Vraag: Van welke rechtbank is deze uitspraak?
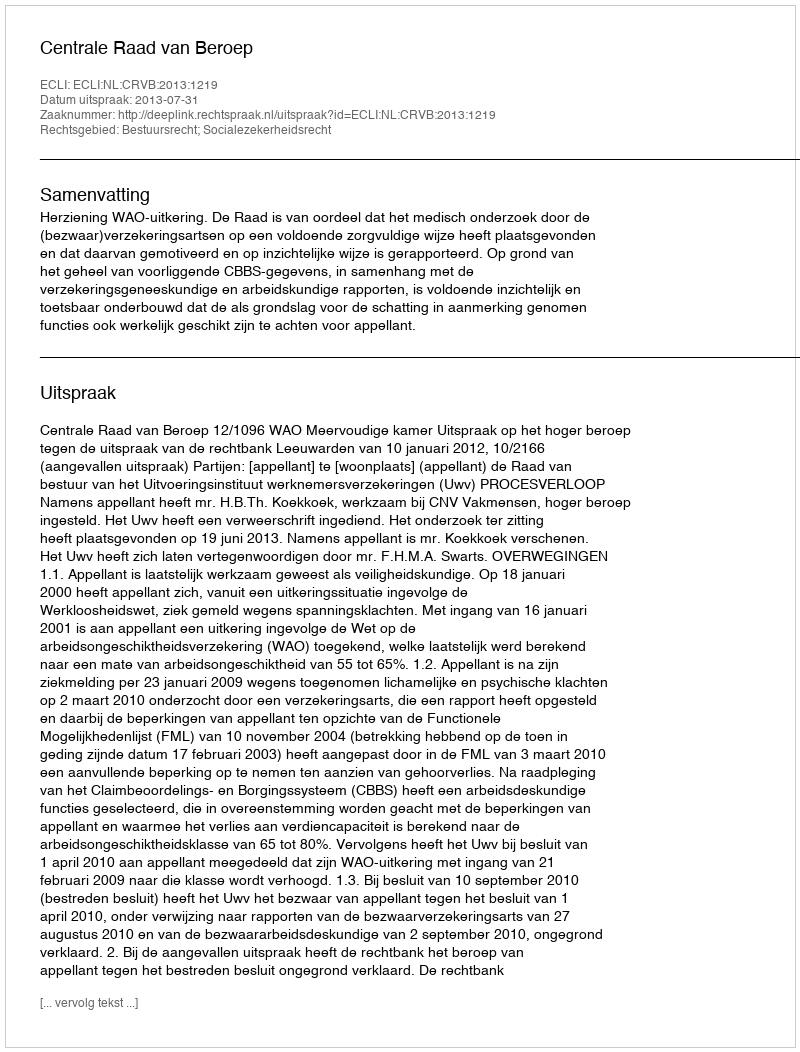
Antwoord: Centrale Raad van Beroep